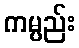
ကမ္ပည်း